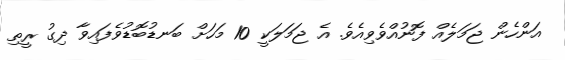
އަންހެން ޖަމަލެއް ފޮނުއްވެވިއެވެ. އެ ޖަމަލަކީ 10 މަހަށް ބަނޑުބޮޑުވެފައިވާ ދިގު ރީތި